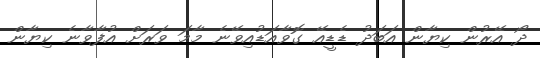
ދޯ އޭރުން ކިޔާން އަބަދު ޑެޑީއޭ ގޮވާއަޑުއިވޭނެ މާމަ ވަރަށް އުފާވާނެ ކިޔާން